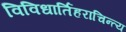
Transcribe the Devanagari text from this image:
विविधार्तिहराचिन्त्य